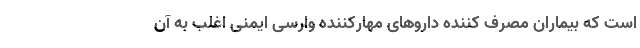
است که بیماران مصرف کننده داروهای مهارکننده وارسی ایمنی اغلب به آن